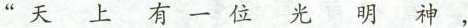
”天上有一位光明神，